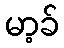
မာ့ခ်